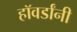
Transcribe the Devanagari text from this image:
हॉवर्डांनी